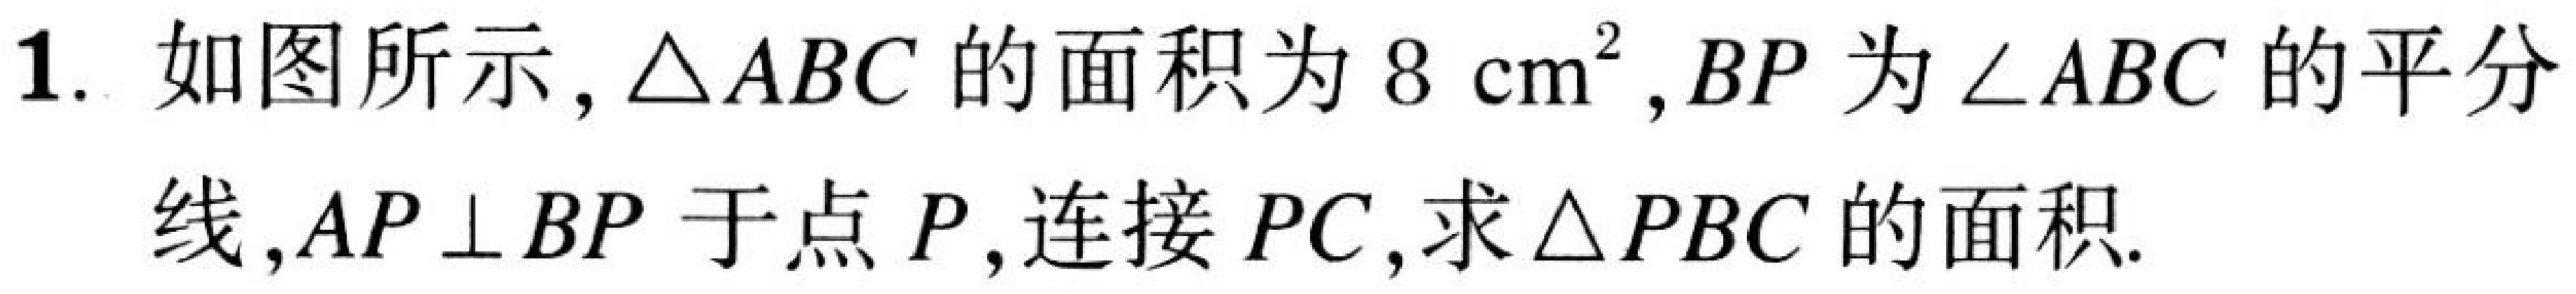
1. 如图所示, \(\triangle ABC\)的面积为\(8\mathrm{cm}^{2}\), \(BP\)为\(\angle ABC\)的平分线, \(AP\perp BP\)于点\(P\), 连接\(PC\), 求\(\triangle PBC\)的面积.